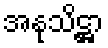
အနုသိဋ္ဌာ